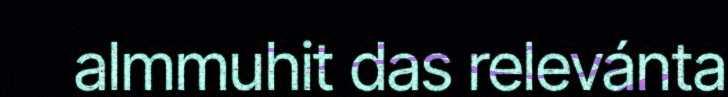
almmuhit das relevánta